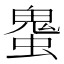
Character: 𰳒